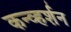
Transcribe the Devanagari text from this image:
कन्व्हर्शन